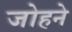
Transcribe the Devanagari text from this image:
जोहने